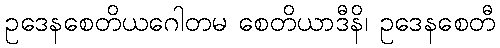
ဥဒေနစေတိယဂေါတမ စေတိယာဒီနိ၊ ဥဒေနစေတီ